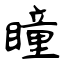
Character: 瞳